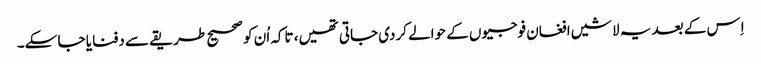
اِس کے بعد یہ لاشیں افغان فوجیوں کے حوالے کردی جاتی تھیں، تاکہ اُن کو صحیح طریقے سے دفنایا جا سکے۔